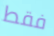
فقط